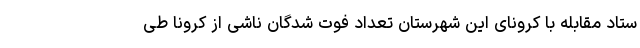
ستاد مقابله با کرونای این شهرستان تعداد فوت شدگان ناشی از کرونا طی